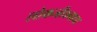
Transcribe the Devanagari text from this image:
लोकजीवनाचा